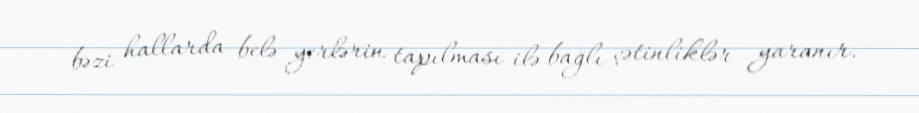
bəzi hallarda belə yerlərin tapılması ilə bağlı çətinliklər yaranır.